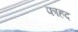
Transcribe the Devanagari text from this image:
फाहद